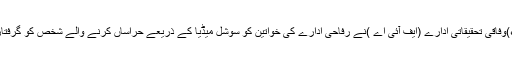
2016ء)وفاقی تحقیقاتی ادارے (ایف آئی اے )نے رفاحی ادارے کی خواتین کو سوشل میڈیا کے ذریعے حراساں کرنے والے شخص کو گرفتار کر لیا۔